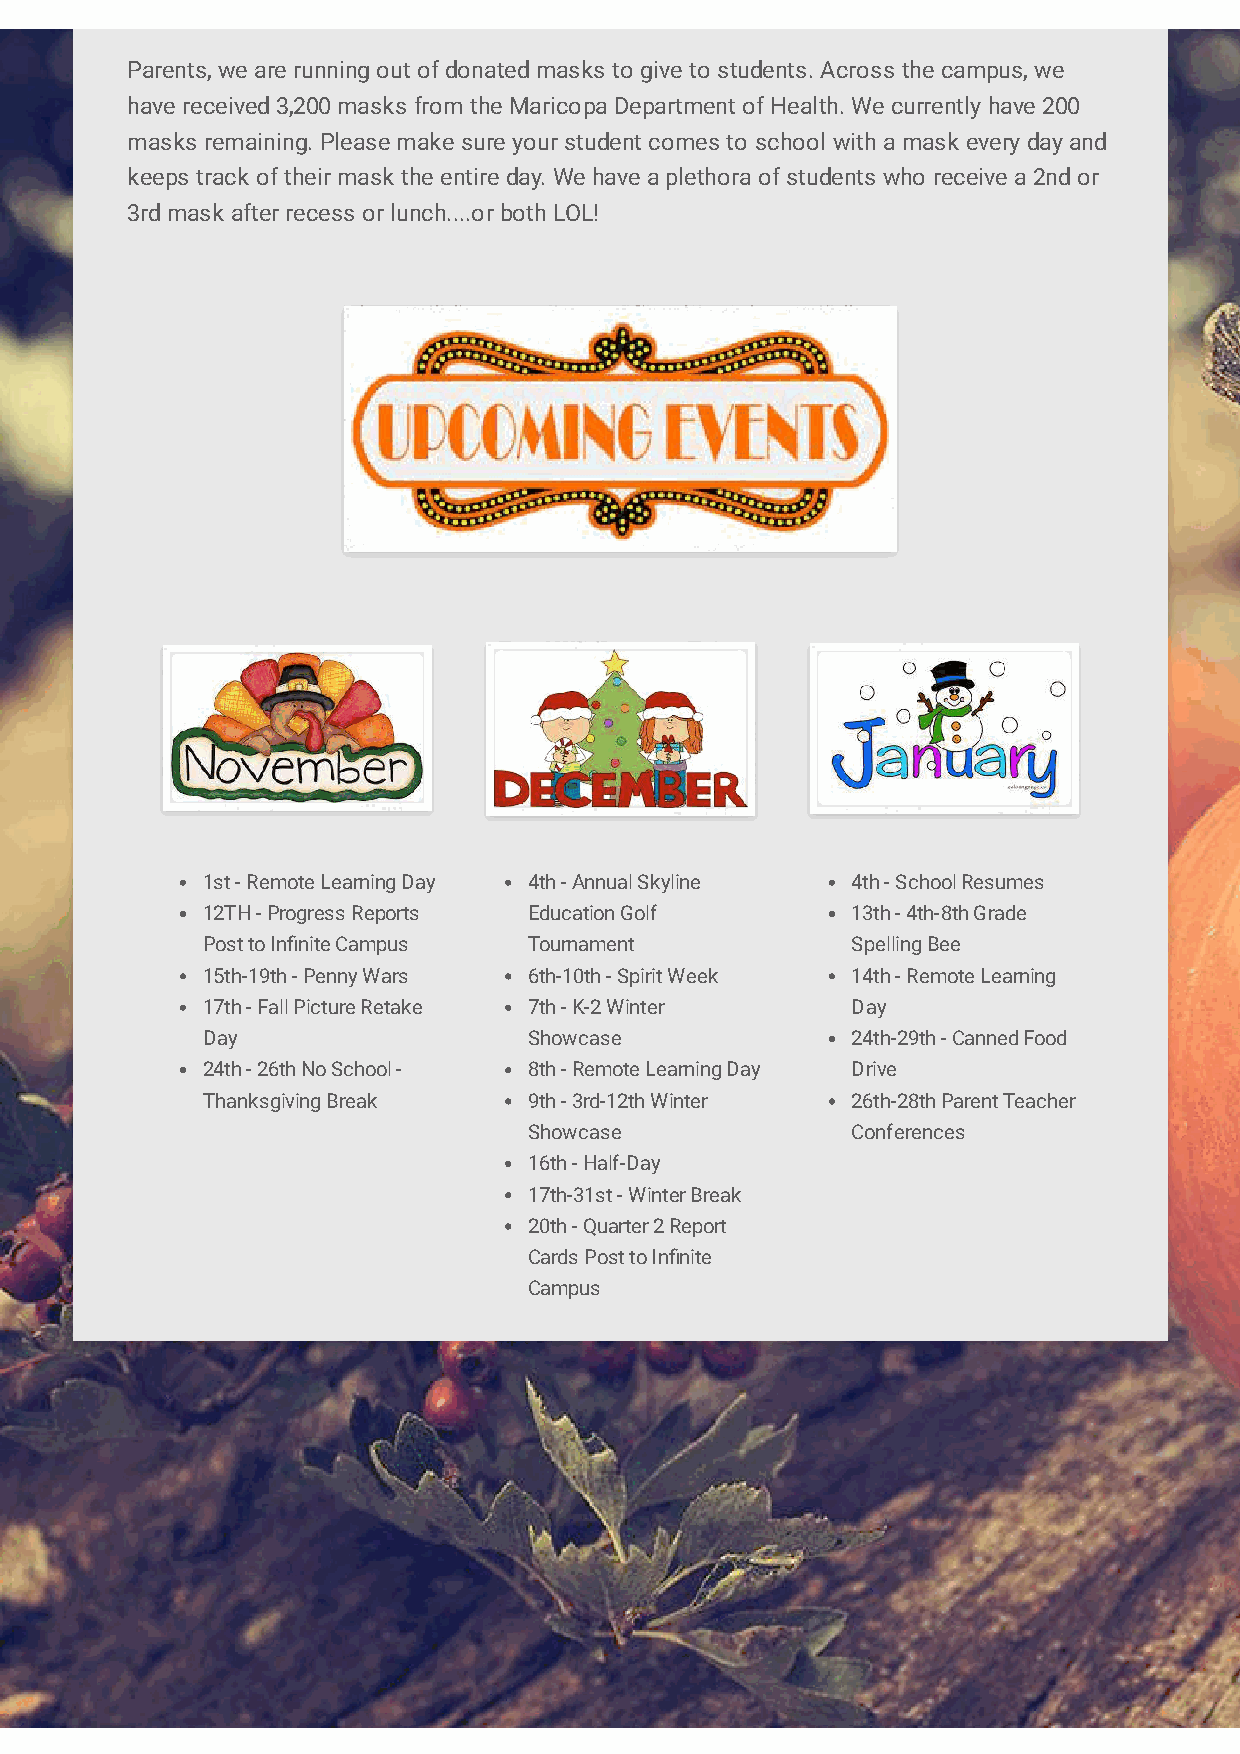
Parents, we are running out of donated masks to give to students. Across the campus, we
 have received 3,200 masks from the Maricopa Department of Health. We currently have 200
 masks remaining. Please make sure your student comes to school with a mask every day and
 keeps track of their mask the entire day. We have a plethora of students who receive a 2nd or
 3rd mask after recess or lunch....or both LOL!
 1st - Remote Learning Day 4th - Annual Skyline 4th - School Resumes
 12TH - Progress Reports Education Golf     13th - 4th-8th Grade
 Post to Innite Campus Tournament          Spelling Bee
 15th-19th - Penny Wars 6th-10th - Spirit Week 14th - Remote Learning
 17th - Fall Picture Retake 7th - K-2 Winter Day
 Day                   Showcase             24th-29th - Canned Food
 24th - 26th No School - 8th - Remote Learning Day Drive
 Thanksgiving Break    9th - 3rd-12th Winter 26th-28th Parent Teacher
 Showcase             Conferences
 16th - Half-Day
 17th-31st - Winter Break
 20th - Quarter 2 Report
 Cards Post to Innite
 Campus